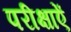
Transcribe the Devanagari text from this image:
परीक्षाऐं